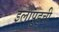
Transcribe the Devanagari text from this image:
इलापुड्ची